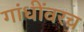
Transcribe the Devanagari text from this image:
गांधींवरच